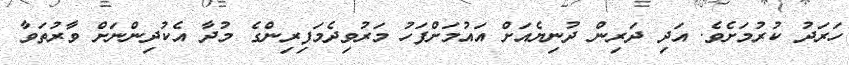
ހަރަދު ކުރުމަށެވެ. އަދި ދަރިން ދުނިޔެއަށް އައުމަށްފަހު މަރުވިދެމަފިރިންގެ މުދާ އެކުދިންނަށް ވާރުތަވާ